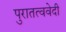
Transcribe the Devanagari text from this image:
पुरातत्ववेदी